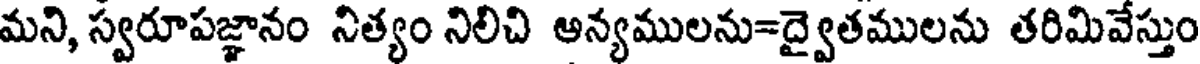
మని, స్వరూపజ్ఞానం నిత్యం నిలిచి అన్యములను=ద్వైతములను తరిమివేస్తుం